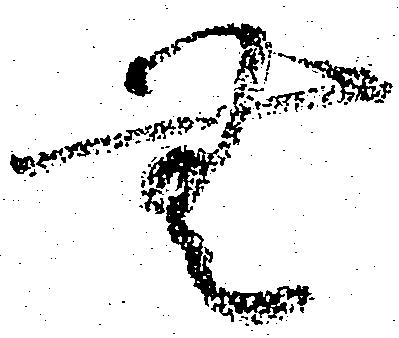
無